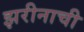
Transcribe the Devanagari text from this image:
झरीनाची